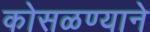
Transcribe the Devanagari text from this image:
कोसळण्याने